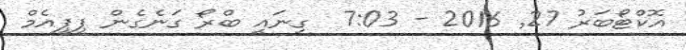
އޮކްޓޯބަރު 27